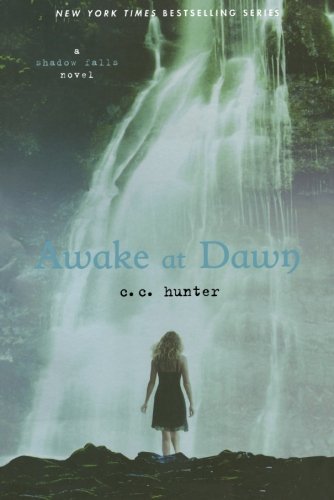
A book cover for Awake at Dawn (A Shadow Falls Novel); C. C. Hunter; Teen & Young Adult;